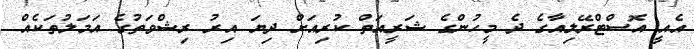
އެއީ އޮސްޓްރޭލިއާގެ ދެ މީހުންގެ ޝަރީއަތް ކުރިއަށް ދިޔަ އިރު ރިޝްވަތުގެ އަމަލުތަކެއް